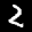
Label: 2